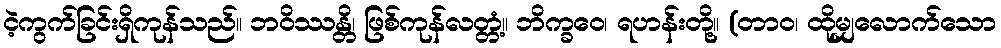
ငဲ့ကွက်ခြင်းရှိကုန်သည်။ ဘဝိဿန္တိ၊ ဖြစ်ကုန်လတ္တံ့။ ဘိက္ခဝေ၊ ရဟန်းတို့။ (တာဝ၊ ထိုမျှလောက်သော